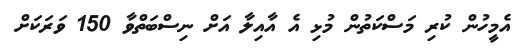
އެމީހުން ކުރި މަސްކަތުން މުޅި އެ އާއިލާ އަށް ނިސްބަތްވާ 150 ވަރަކަށް